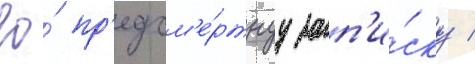
ео́ пр'едсм'е́ртнуу зап'и́ску /